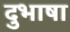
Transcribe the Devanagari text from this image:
दुभाषा